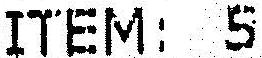
ITEM: 5